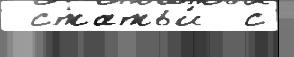
 статьи́  с